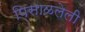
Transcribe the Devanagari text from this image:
पिसाळलेली